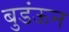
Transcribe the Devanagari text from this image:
बुडंऊन